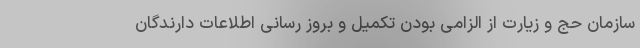
سازمان حج و زیارت از الزامی بودن تکمیل و بروز رسانی اطلاعات دارندگان